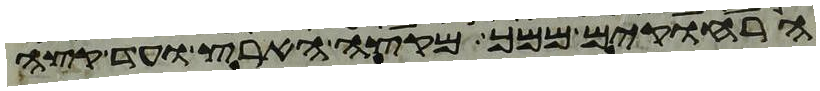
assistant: הרחוקים ממך מקצה הארץ ועד קצה